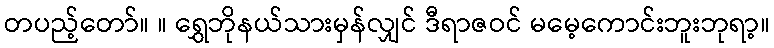
တပည့်တော်။ ။ ရွှေဘိုနယ်သားမှန်လျှင် ဒီရာဇဝင် မမေ့ကောင်းဘူးဘုရာ့။